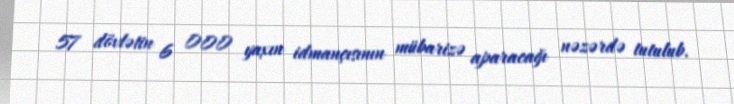
57 dövlətin 6 000 yaxın idmançısının mübarizə aparacağı nəzərdə tutulub.